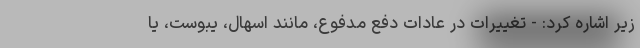
زیر اشاره کرد: - تغییرات در عادات دفع مدفوع، مانند اسهال، یبوست، یا